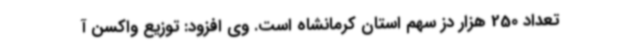
تعداد 250 هزار دز سهم استان کرمانشاه است. وی افزود: توزیع واکسن آ